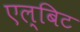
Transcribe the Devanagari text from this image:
एल्बिट